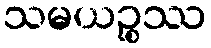
သမယဉ္စဿ